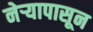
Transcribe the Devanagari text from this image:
नेऱ्यापासून